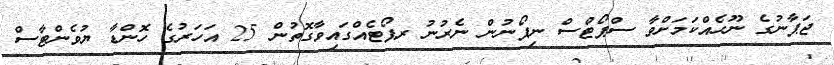
ޖަޕާނުގެ ނޫހެއްކަމަށްވާ ސްޕޯޓްސް ނިޕޯނުން ނެރުނު ރޕޯޓެއްގައިވާގޮތުން 25 އަހަރުގެ ހޮންޑާ ޔުވެންޓާސް